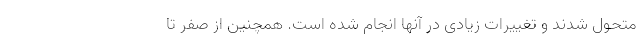
متحول شدند و تغییرات زیادی در آنها انجام شده است. همچنین از صفر تا